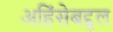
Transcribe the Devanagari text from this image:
अहिंसेबद्द्ल